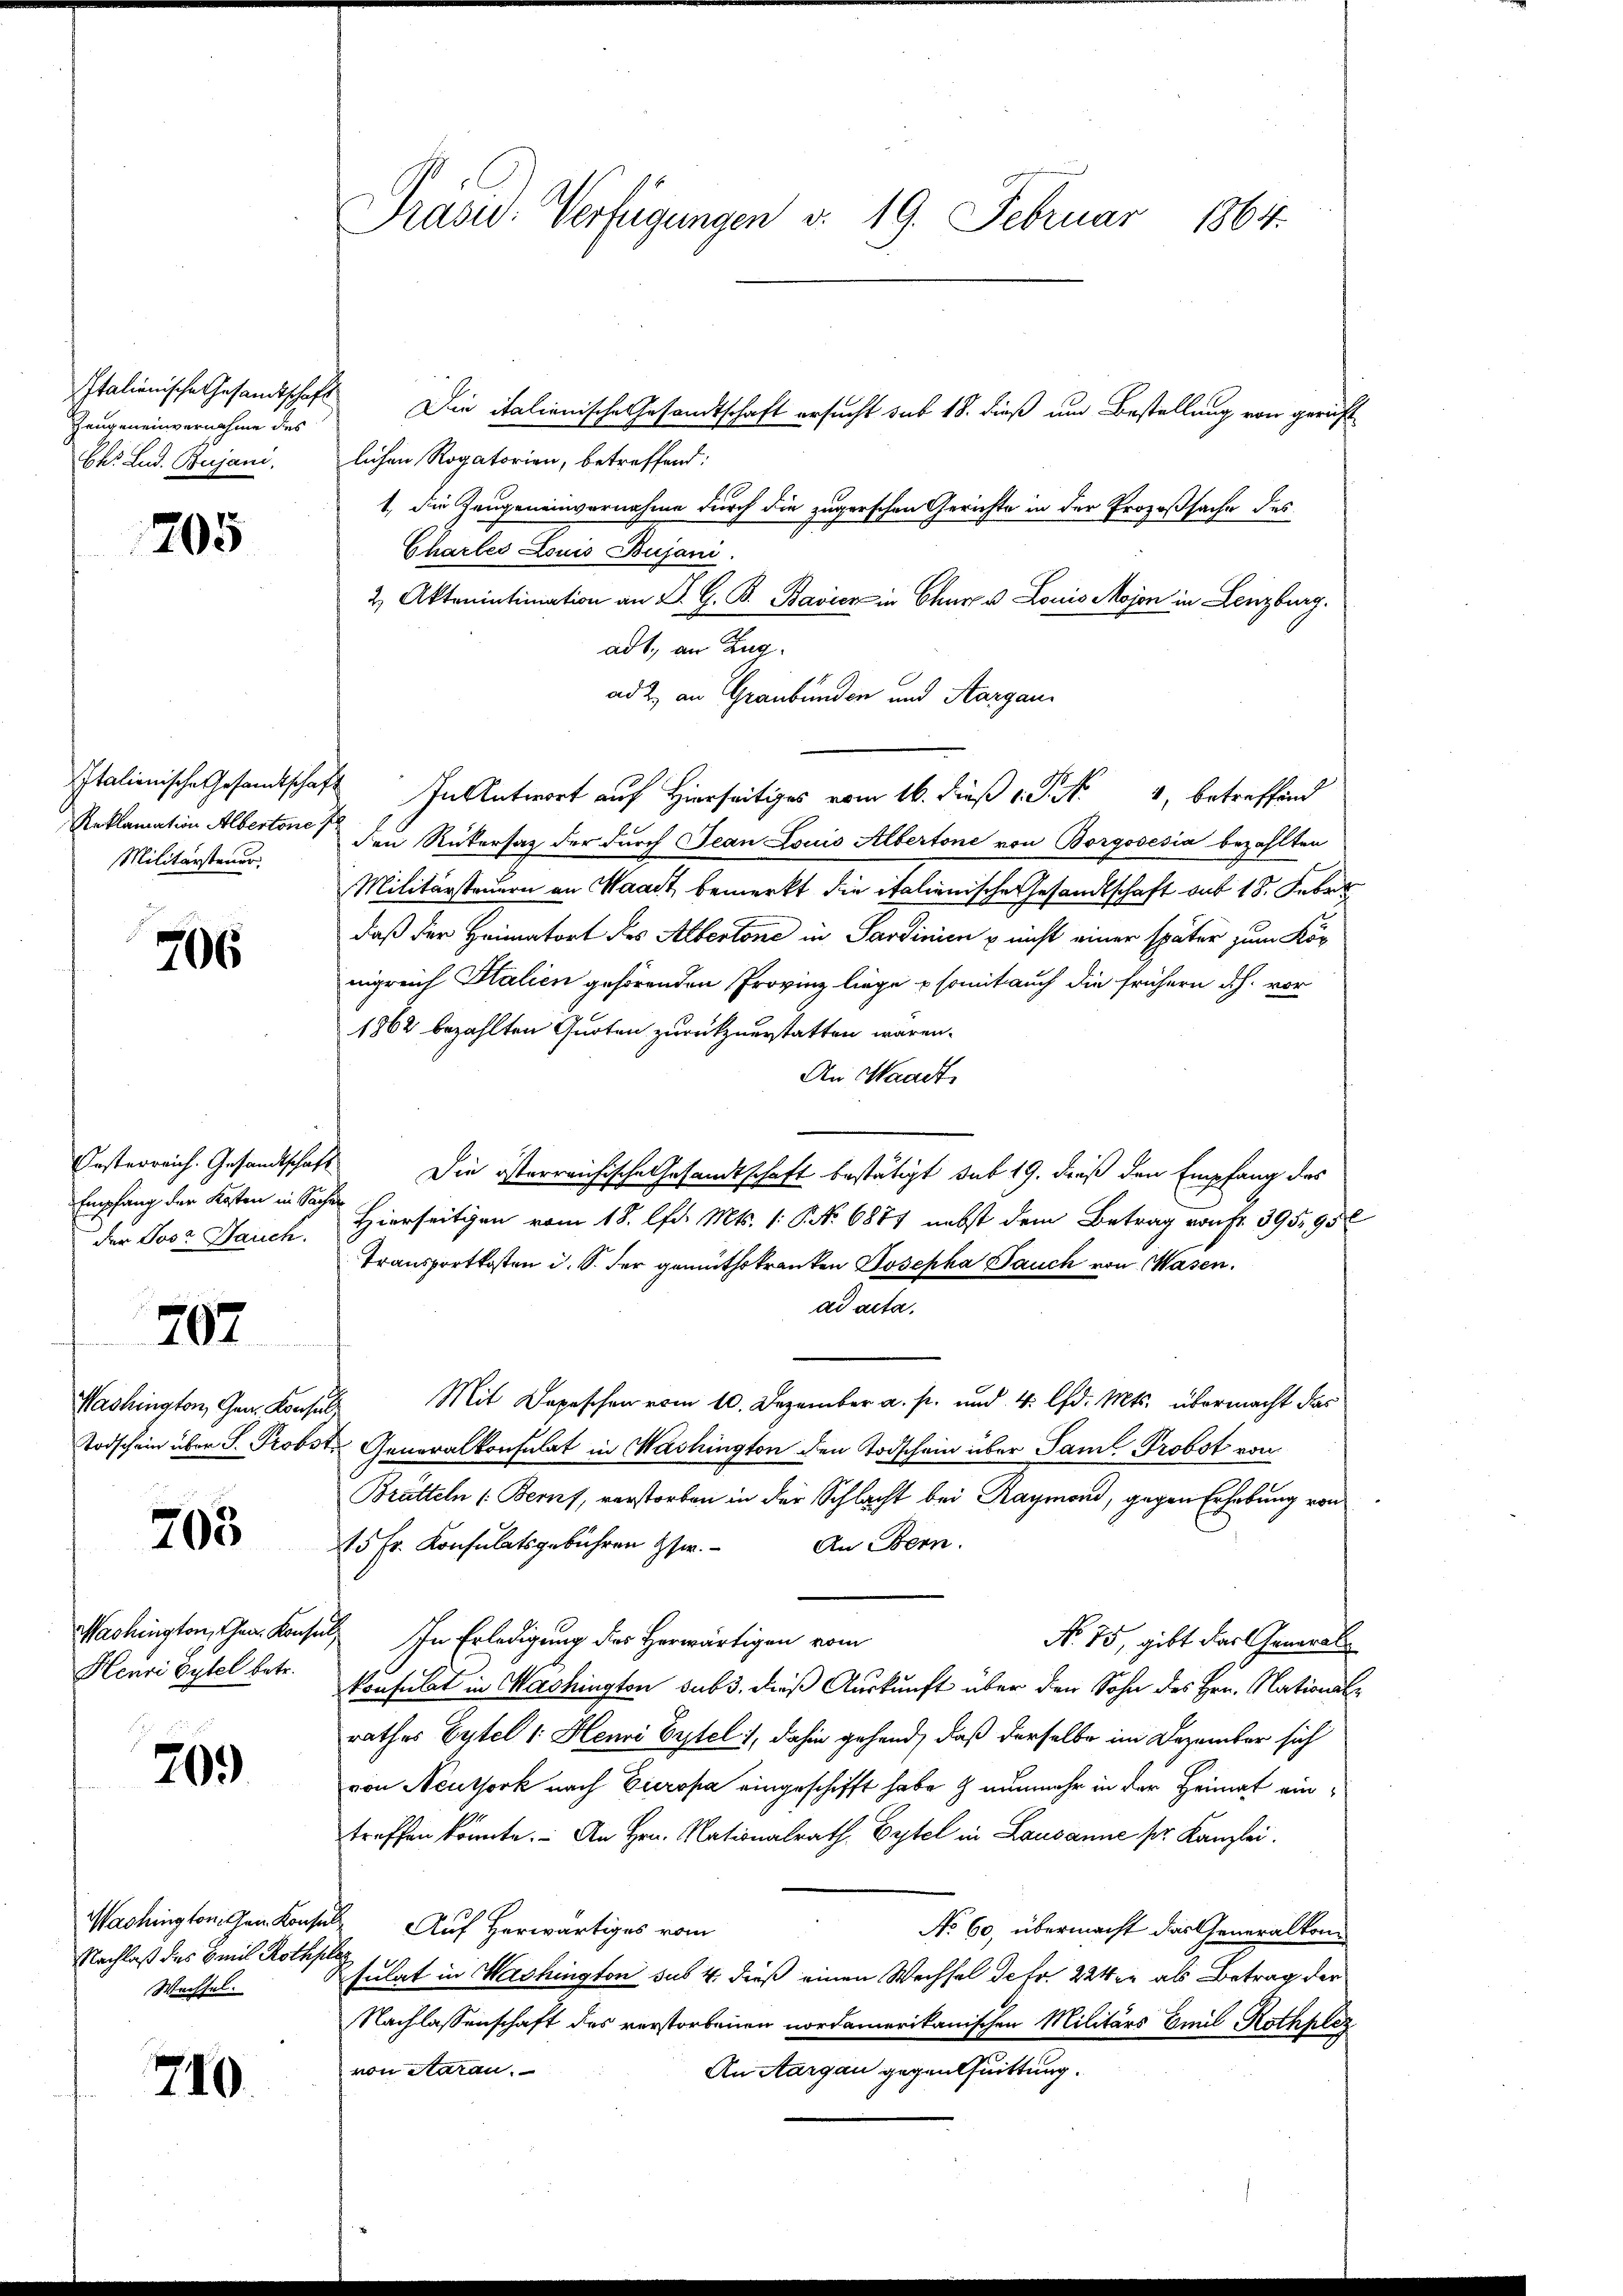
Italionische Gesandtschaft
Zeugeneinvernahme des
Oh. Lud. Bujani,

1705

Militärsteuer.

706

Empfang der Kosten in Sachen
der Dosz Darich.

Washington, Gen. Konsul

207

703

Washington, Can. Konso
Henri Eytel betr.

709

Washingtonischen Konse
Nachlaß des Emil Roth
Wechsel.

710.

Präsid. Verfügungen d. 19. Februar 1864.

h
Die italienische Gesandtschaft ersucht sub 18. dieß um Bestellung von gericht
lichen Rogatorien, betreffend:
1., die Zeugeneinvernahme durch die zugerschen Gerichte in der Prozeßsache des
Chartes Louis Bujani.
2 Aktenintimation an D. G. B. Bavier in Churer Louis Mojon in Lenzburg.
adt, an Zug.
ad 2., an Graubünden und Aargau.
Italienische Gesandtschaft In Antwort auf Hierseitiges vom 16. dieß v. P. Nr. 4, betreffend
Reklamation Albertonis den Rükersaz der durch Jean Louis Albertone von Borgosesia bezahlten
Militärsteuern an Waadt bemerkt die italienische Gesandtschaft aus 18. Febr.
daß der Heimatort des Albertone in Sardinien u nicht einer später zum Kop
nigreich Salien gehörenden Provinz liege somit auch die frühern dh. vor
1862 bezahlten Quoten zurückzuerstatten wären.
An Waadt,
Oesterreich. Gesandtschaft Die österreichische Gesandtschaft bestätigt sub 19. dieß den Empfang des
Hierseitigen vom 18. d. Mts. (: No 6877 nebst dem Betrag von Fr. 395,95
Transportkosten i. S. der gemüthskranken Josepha Bauch von Wasen.
ad acta.
Mit Depeschen vom 10. Dezember a. p. und 4. lfd. Mts. übermacht das
Todschein über S. Probste Generalkonsulat in Washington den Todschein über Sam Probst von
Brütteln (Beruf, verstorben in der Schlacht bei Raymond, gegen Erhebung von
15 Fr. Konsulatsgebühren Ger. An Bern.
 In Erledigung des Herwärtigen vom
No. 75, gibt das Generalkonsulat in Machington subs, dieß Auskunft über den Sohn des Hrn. Nationalrathes Eytel 1. Henri Erstel, dahin gehend, daß derselbe im Dezember sich
von Neuthork nach Eieropa eingeschifft habe & nunmehr in der Heimat eintreffen könnte. An Hrn. Nationalrath Eytel in Lausanne ser Kanzlei.
ab. Auf herwärtiges vom
No 60, übermacht das Generalkom
t
sulat in Washington sub 4. dieß einen Wechsel de fr. 22ter als Betrag der
Nachlassenschaft des verstorbenen nordamerikanischen Militärs Emil Rothplez
von Staran.
An Aargau gegentuittung.